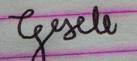
Signature authenticity: forged